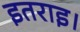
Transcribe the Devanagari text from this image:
इतराइ।